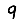
Digit: 9